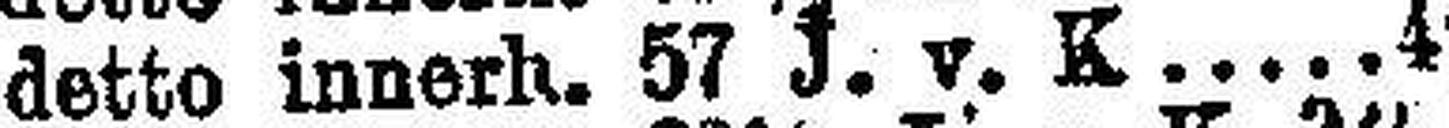
detto innerh. 57 J. v. K 4